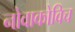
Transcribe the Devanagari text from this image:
नोवाकोविच